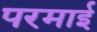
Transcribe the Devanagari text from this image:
परमाई